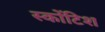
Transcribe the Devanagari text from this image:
स्कोंटिश